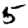
Digit: 5